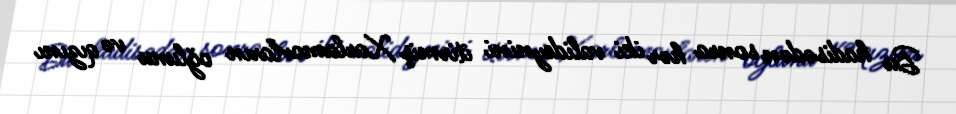
Bu hadisədən sonra hər iki valideynini itirmiş Xarlamovların oğlunu və qızını